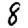
Digit: 8